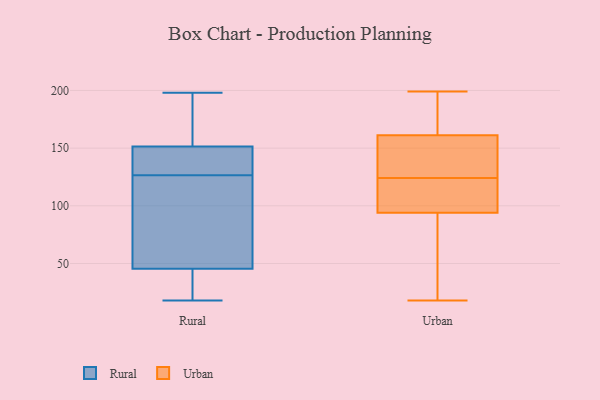
{"axis": {"x": "Backlog", "y": "Value"}, "legend": ["Rural", "Urban"], "data": [{"x": "", "y": 136, "type": "Rural"}, {"x": "", "y": 97, "type": "Rural"}, {"x": "", "y": 123, "type": "Rural"}, {"x": "", "y": 48, "type": "Rural"}, {"x": "", "y": 130, "type": "Rural"}, {"x": "", "y": 42, "type": "Rural"}, {"x": "", "y": 43, "type": "Rural"}, {"x": "", "y": 142, "type": "Rural"}, {"x": "", "y": 152, "type": "Rural"}, {"x": "", "y": 151, "type": "Rural"}, {"x": "", "y": 80, "type": "Rural"}, {"x": "", "y": 35, "type": "Rural"}, {"x": "", "y": 18, "type": "Rural"}, {"x": "", "y": 165, "type": "Rural"}, {"x": "", "y": 156, "type": "Rural"}, {"x": "", "y": 198, "type": "Rural"}, {"x": "", "y": 192, "type": "Urban"}, {"x": "", "y": 103, "type": "Urban"}, {"x": "", "y": 125, "type": "Urban"}, {"x": "", "y": 22, "type": "Urban"}, {"x": "", "y": 18, "type": "Urban"}, {"x": "", "y": 169, "type": "Urban"}, {"x": "", "y": 128, "type": "Urban"}, {"x": "", "y": 103, "type": "Urban"}, {"x": "", "y": 199, "type": "Urban"}, {"x": "", "y": 124, "type": "Urban"}, {"x": "", "y": 138, "type": "Urban"}, {"x": "", "y": 118, "type": "Urban"}, {"x": "", "y": 180, "type": "Urban"}, {"x": "", "y": 91, "type": "Urban"}, {"x": "", "y": 56, "type": "Urban"}]}